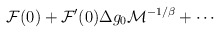
\begin{align*}{\cal F}(0) +{\cal F}^\prime(0) \Delta g_0 {\cal M}^{-1/\beta}+\cdots\end{align*}